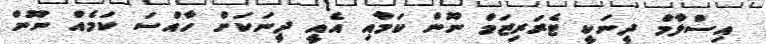
އިސްލާމް ދީނަކީ ޓެރަރިޒަމް ނޫން ކަމާއި އެއީ ދީނަކަށް ހާއްސަ ކަމެއް ނޫން